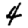
Digit: 4